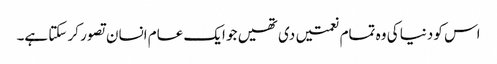
اس کو دنیا کی وہ تمام نعمتیں دی تھیں جو ایک عام انسان تصور کر سکتا ہے۔